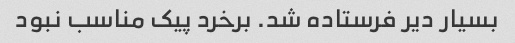
بسیار دیر فرستاده شد. برخرد پیک مناسب نبود